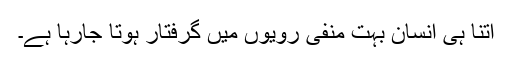
اتنا ہی انسان بہت منفی رویوں میں گرفتار ہوتا جارہا ہے۔